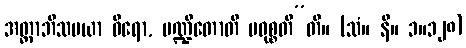
အတ္ထာဘိသမယာ ဓီရော, ပဏ္ဍိတောတိ ပဝုစ္စတီ”တိ။ (သံ။ နိ။ ၁။၁၂၈)